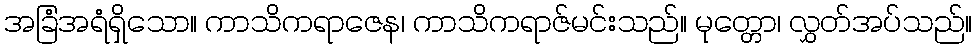
အခြံအရံရှိသော။ ကာသိကရာဇေန၊ ကာသိကရာဇ်မင်းသည်။ မုတ္တော၊ လွှတ်အပ်သည်။